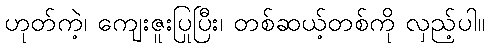
ဟုတ်ကဲ့၊ ကျေးဇူးပြုပြီး၊ တစ်ဆယ့်တစ်ကို လှည့်ပါ။